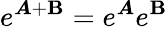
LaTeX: e^{\boldsymbol{A}+\boldsymbol{\textbf{B}}}=e^{\boldsymbol{A}}e^{\boldsymbol{\textbf{B}}}